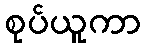
စုပ်ယူကာ